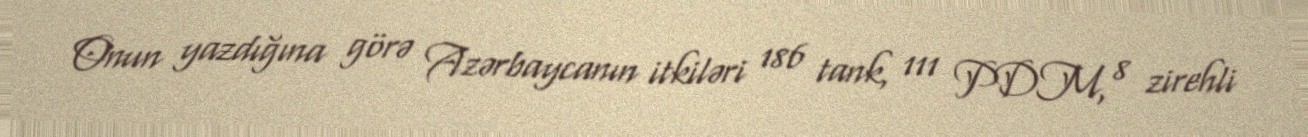
Onun yazdığına görə Azərbaycanın itkiləri 186 tank, 111 PDM, 8 zirehli